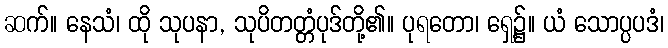
ဆက်။ နေသံ၊ ထို သုပနာ, သုပိတတ္တံပုဒ်တို့၏။ ပုရတော၊ ရှေ့၌။ ယံ သောပ္ပပဒံ၊